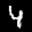
Label: 4